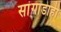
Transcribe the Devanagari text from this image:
सांगाडाही